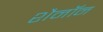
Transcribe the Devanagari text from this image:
शैनॉन